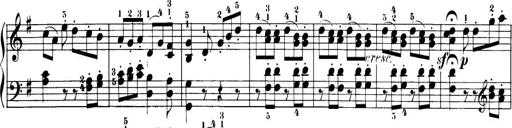
Title: 32 Sonatinas and Rondos for the Piano
Composer: Richard Kleinmichel